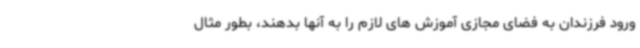
ورود فرزندان به فضای مجازی آموزش های لازم را به آنها بدهند، بطور مثال